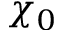
\chi _ { 0 }